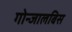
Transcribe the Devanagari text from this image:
गोन्जालबिस